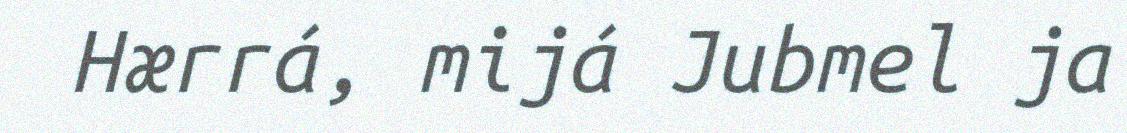
Hærrá, mijá Jubmel ja